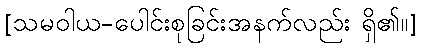
[သမဝါယ-ပေါင်းစုခြင်းအနက်လည်း ရှိ၏။]